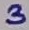
Text: 3